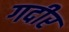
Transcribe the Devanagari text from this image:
गदीर